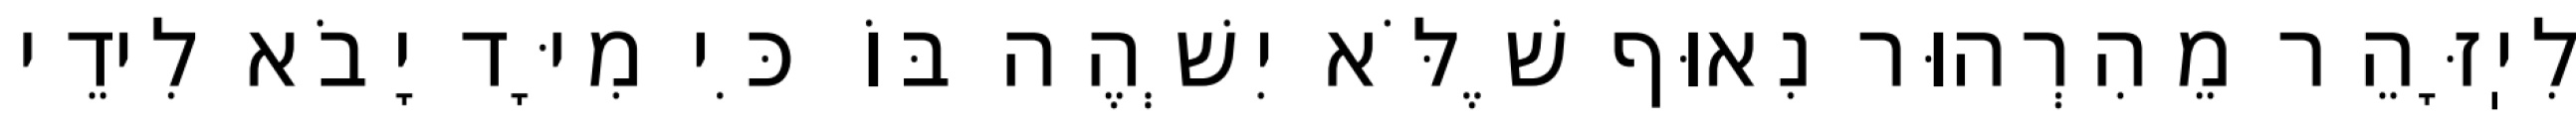
לִיֽזָּהֵר מֵהִרְהוּר נִאוּף שֶׁלֹּא יִשְׁהֶה בּוֹ כִּי מִיָּד יָבֹא לִידֵי